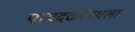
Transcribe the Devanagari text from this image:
पायदळींमधला